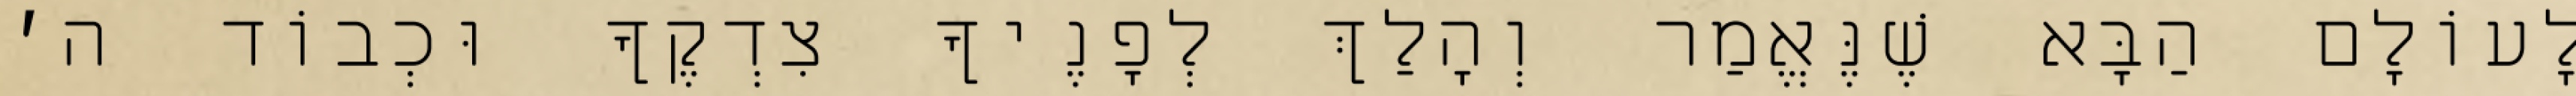
לָעוֹלָם הַבָּא שֶׁנֶּאֱמַר וְהָלַךְ לְפָנֶיךָ צִדְקֶךָ וּכְבוֹד ה׳